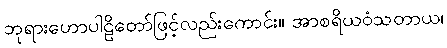
ဘုရားဟောပါဠိတော်ဖြင့်လည်းကောင်း။ အာစရိယဝံသတာယ၊